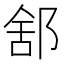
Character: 𨛭